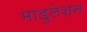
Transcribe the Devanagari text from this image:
माडुलेशन